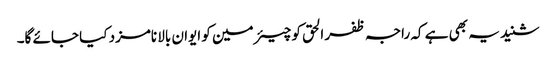
شنید یہ بھی ہے کہ راجہ ظفر الحق کو چیئرمین کو ایوان بالا نامزد کیا جائے گا۔